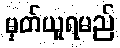
မှတ်ယူရမည်